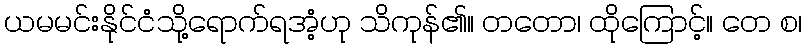
ယမမင်းနိုင်ငံသို့ရောက်ရအံ့ဟု သိကုန်၏။ တတော၊ ထိုကြောင့်။ တေ စ၊